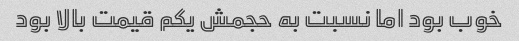
خوب بود اما نسبت به حجمش یکم قیمت بالا بود